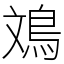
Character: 鳼